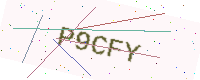
Text: P9CFY